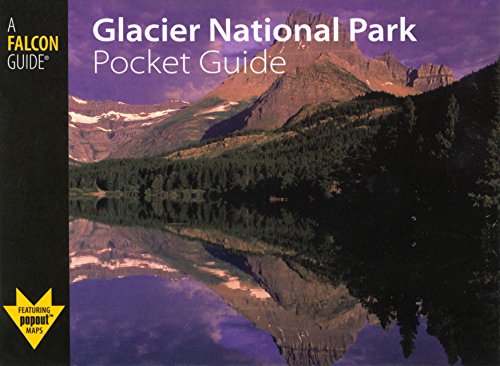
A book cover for Glacier National Park Pocket Guide (Falcon Pocket Guides Series); Jane Gildart; Travel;